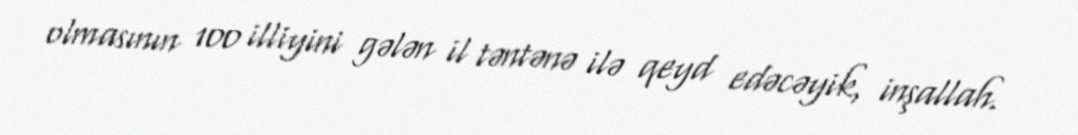
olmasının 100 illiyini gələn il təntənə ilə qeyd edəcəyik, inşallah.